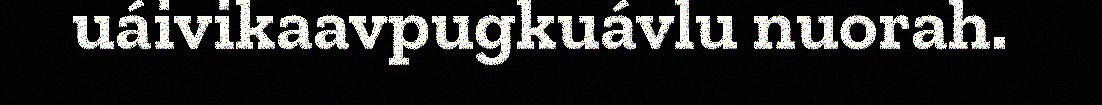
uáivikaavpugkuávlu nuorah.